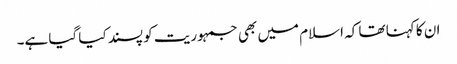
ان کا کہنا تھا کہ اسلام میں بھی جمہوریت کو پسند کیا گیا ہے۔